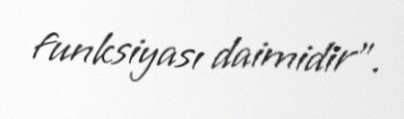
funksiyası daimidir”.